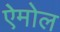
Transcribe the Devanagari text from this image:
ऐमोल